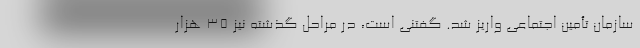
سازمان تأمین اجتماعی واریز شد. گفتنی است، در مراحل گذشته نیز 35 هزار